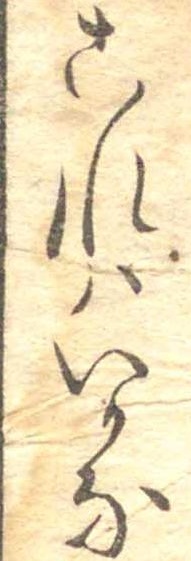
これはいかな